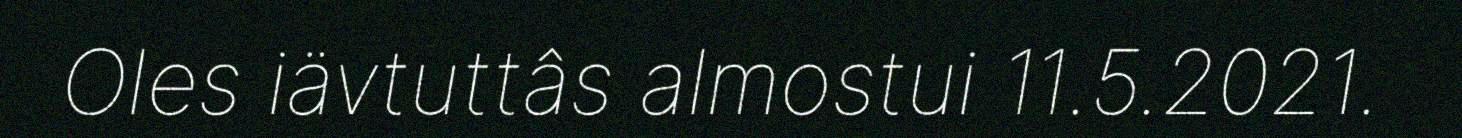
Oles iävtuttâs almostui 11.5.2021.